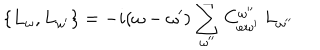
\{ L _ { \omega } , L _ { \omega ^ { \prime } } \} = - i ( \omega - \omega ^ { \prime } ) \sum _ { \omega ^ { \prime \prime } } C _ { \omega \omega ^ { \prime } } ^ { \omega ^ { \prime \prime } } \: L _ { \omega ^ { \prime \prime } }